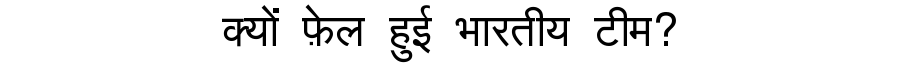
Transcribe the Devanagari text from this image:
क्यों फ़ेल हुई भारतीय टीम?